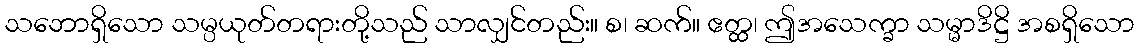
သဘောရှိသော သမ္ပယုတ်တရားတို့သည် သာလျှင်တည်း။ စ၊ ဆက်။ ဧတ္ထ၊ ဤအသေက္ခာ သမ္မာဒိဋ္ဌိ အစရှိသော